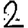
Digit: 2